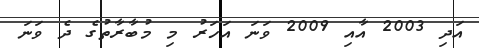
އަދި 2003 އާއި 2009 ވަނަ އަހަރު މި މުބާރާތުގެ ދެ ވަނަ